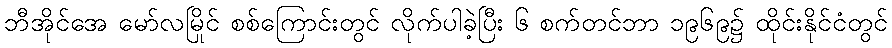
ဘီအိုင်အေ မော်လမြိုင် စစ်ကြောင်းတွင် လိုက်ပါခဲ့ပြီး ၆ စက်တင်ဘာ ၁၉၆၉၌ ထိုင်းနိုင်ငံတွင်